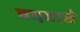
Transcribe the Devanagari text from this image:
वदवावे